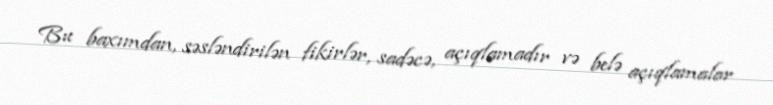
Bu baxımdan, səsləndirilən fikirlər, sadəcə, açıqlamadır və belə açıqlamalar